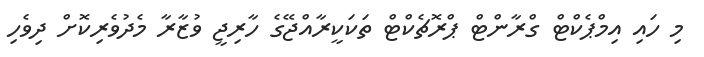
މި ހައި އިމްޕެކްޓް ގްރާންޓް ޕްރޮޗެކްޓް ތަކަކީރާއްޖޭގެ ހާރިޖީ ވުޒާރާ މެދުވެރިކޮށް ދިވެހި